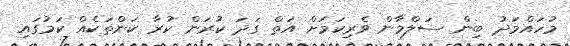
މުހައްމަދު ބިން ސަލްމާން ވެރިކަމަށް އަތް ގަދަ ކުރަން ކުރާ ކަންތަކެއް ކަމުގައި